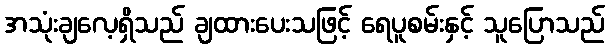
အသုံးချလေ့ရှိသည် ချထားပေးသဖြင့် ရေပူစမ်းနှင့် သူပြောသည်